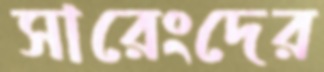
সারেংদের